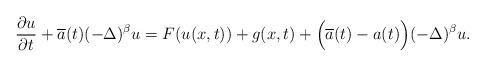
LaTeX: \begin{align*}\frac{\partial { u} }{\partial t} + \overline a(t) (-\Delta )^\beta { u} = F({ u}(x,t))+ g(x,t)+ \Big(\overline a(t)- a(t) \Big) (-\Delta )^\beta { u} .\end{align*}